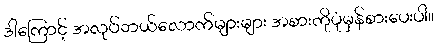
ဒါကြောင့် အလုပ်ဘယ်လောက်များများ အစားကိုပုံမှန်စားပေးပါ။